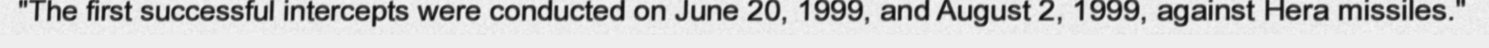
"The first successful intercepts were conducted on June 20, 1999, and August 2, 1999, against Hera missiles."